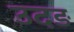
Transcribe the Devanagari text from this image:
उदड़